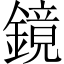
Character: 鏡